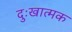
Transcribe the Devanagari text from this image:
दुःखात्मक